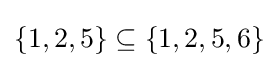
{\textstyle \{1,2,5\}\subseteq \{1,2,5,6\}}